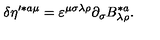
\delta \eta ^ { \prime * a \mu } = \varepsilon ^ { \mu \sigma \lambda \rho } \partial _ { \sigma } B _ { \lambda \rho } ^ { * a } .